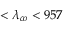
< \lambda _ { c o } < 9 5 7